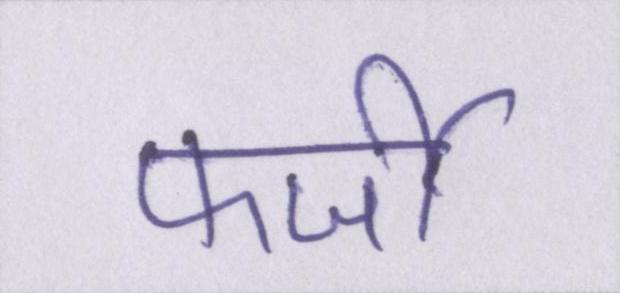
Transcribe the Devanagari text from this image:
फर्जी